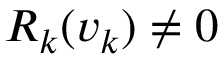
R _ { k } ( v _ { k } ) \neq 0